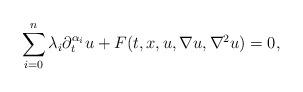
LaTeX: \begin{align*}\sum_{i=0}^n\lambda_i\partial_t^{\alpha_i}u+F(t,x,u,\nabla u,\nabla^2u)=0,\end{align*}